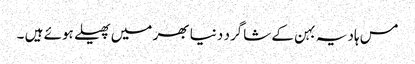
مس ہادیہ بہن کے شاگرد دنیا بھر میں پھیلے ہوئے ہیں ۔